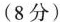
(8分)